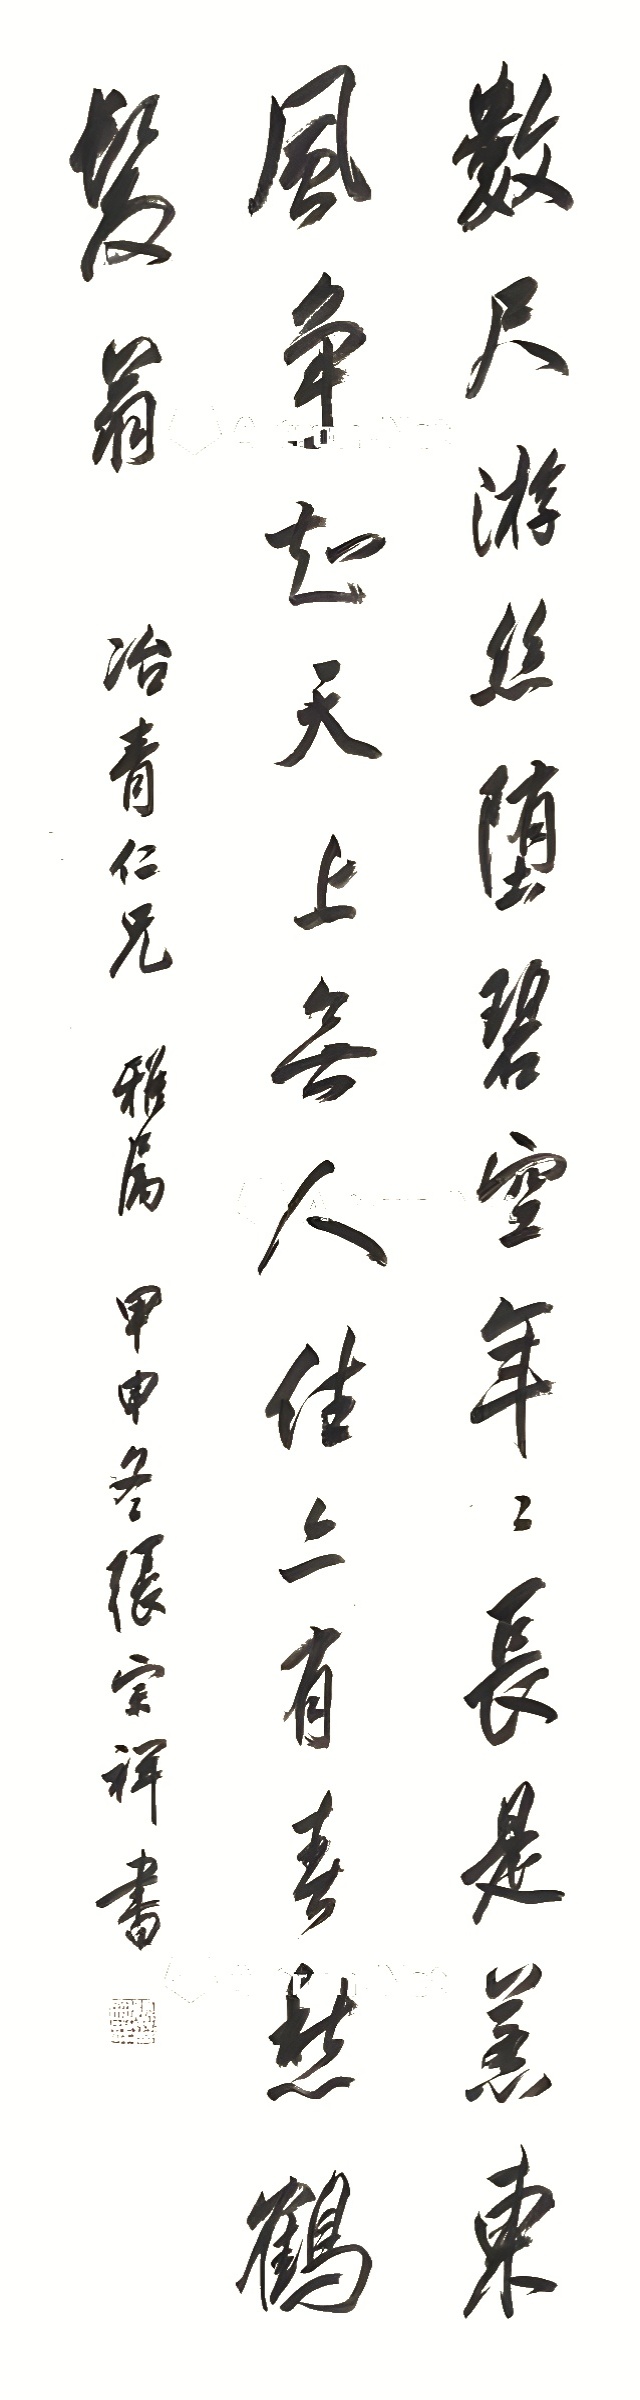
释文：数尺游丝堕碧空，年年长是惹东风。争知天上无人住，亦有春愁鹤发翁。冶青仁兄雅属，甲申冬，张宗祥书。